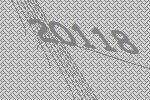
20118